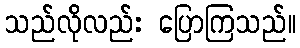
သည်လိုလည်း ပြောကြသည်။